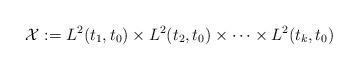
LaTeX: \begin{align*}{\cal X}: = L^2(t_1, t_0) \times L^2(t_2, t_0) \times \cdots \times L^2(t_k, t_0)\end{align*}